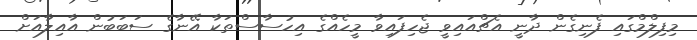
މިފިލްމްގައި ފެނިގެން ދާނީ އެޗްއައިވީ ޖެހިފައިވާ މީހެއްގެ އިހުސާސްތަކާ އޭނާގެ ސަބަބުން އާއިލާއަށް